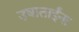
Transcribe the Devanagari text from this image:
उषाताईंना